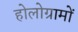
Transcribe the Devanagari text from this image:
होलोग्रामों